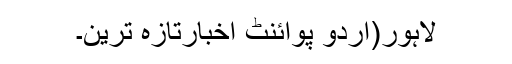
لاہور(اُردو پوائنٹ اخبارتازہ ترین۔